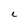
Character: c